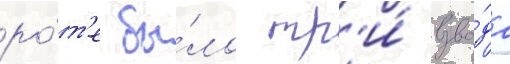
ро́т'е бы́ло тр'и́ взво́да